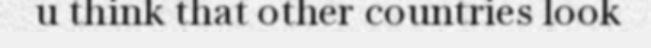
u think that other countries look